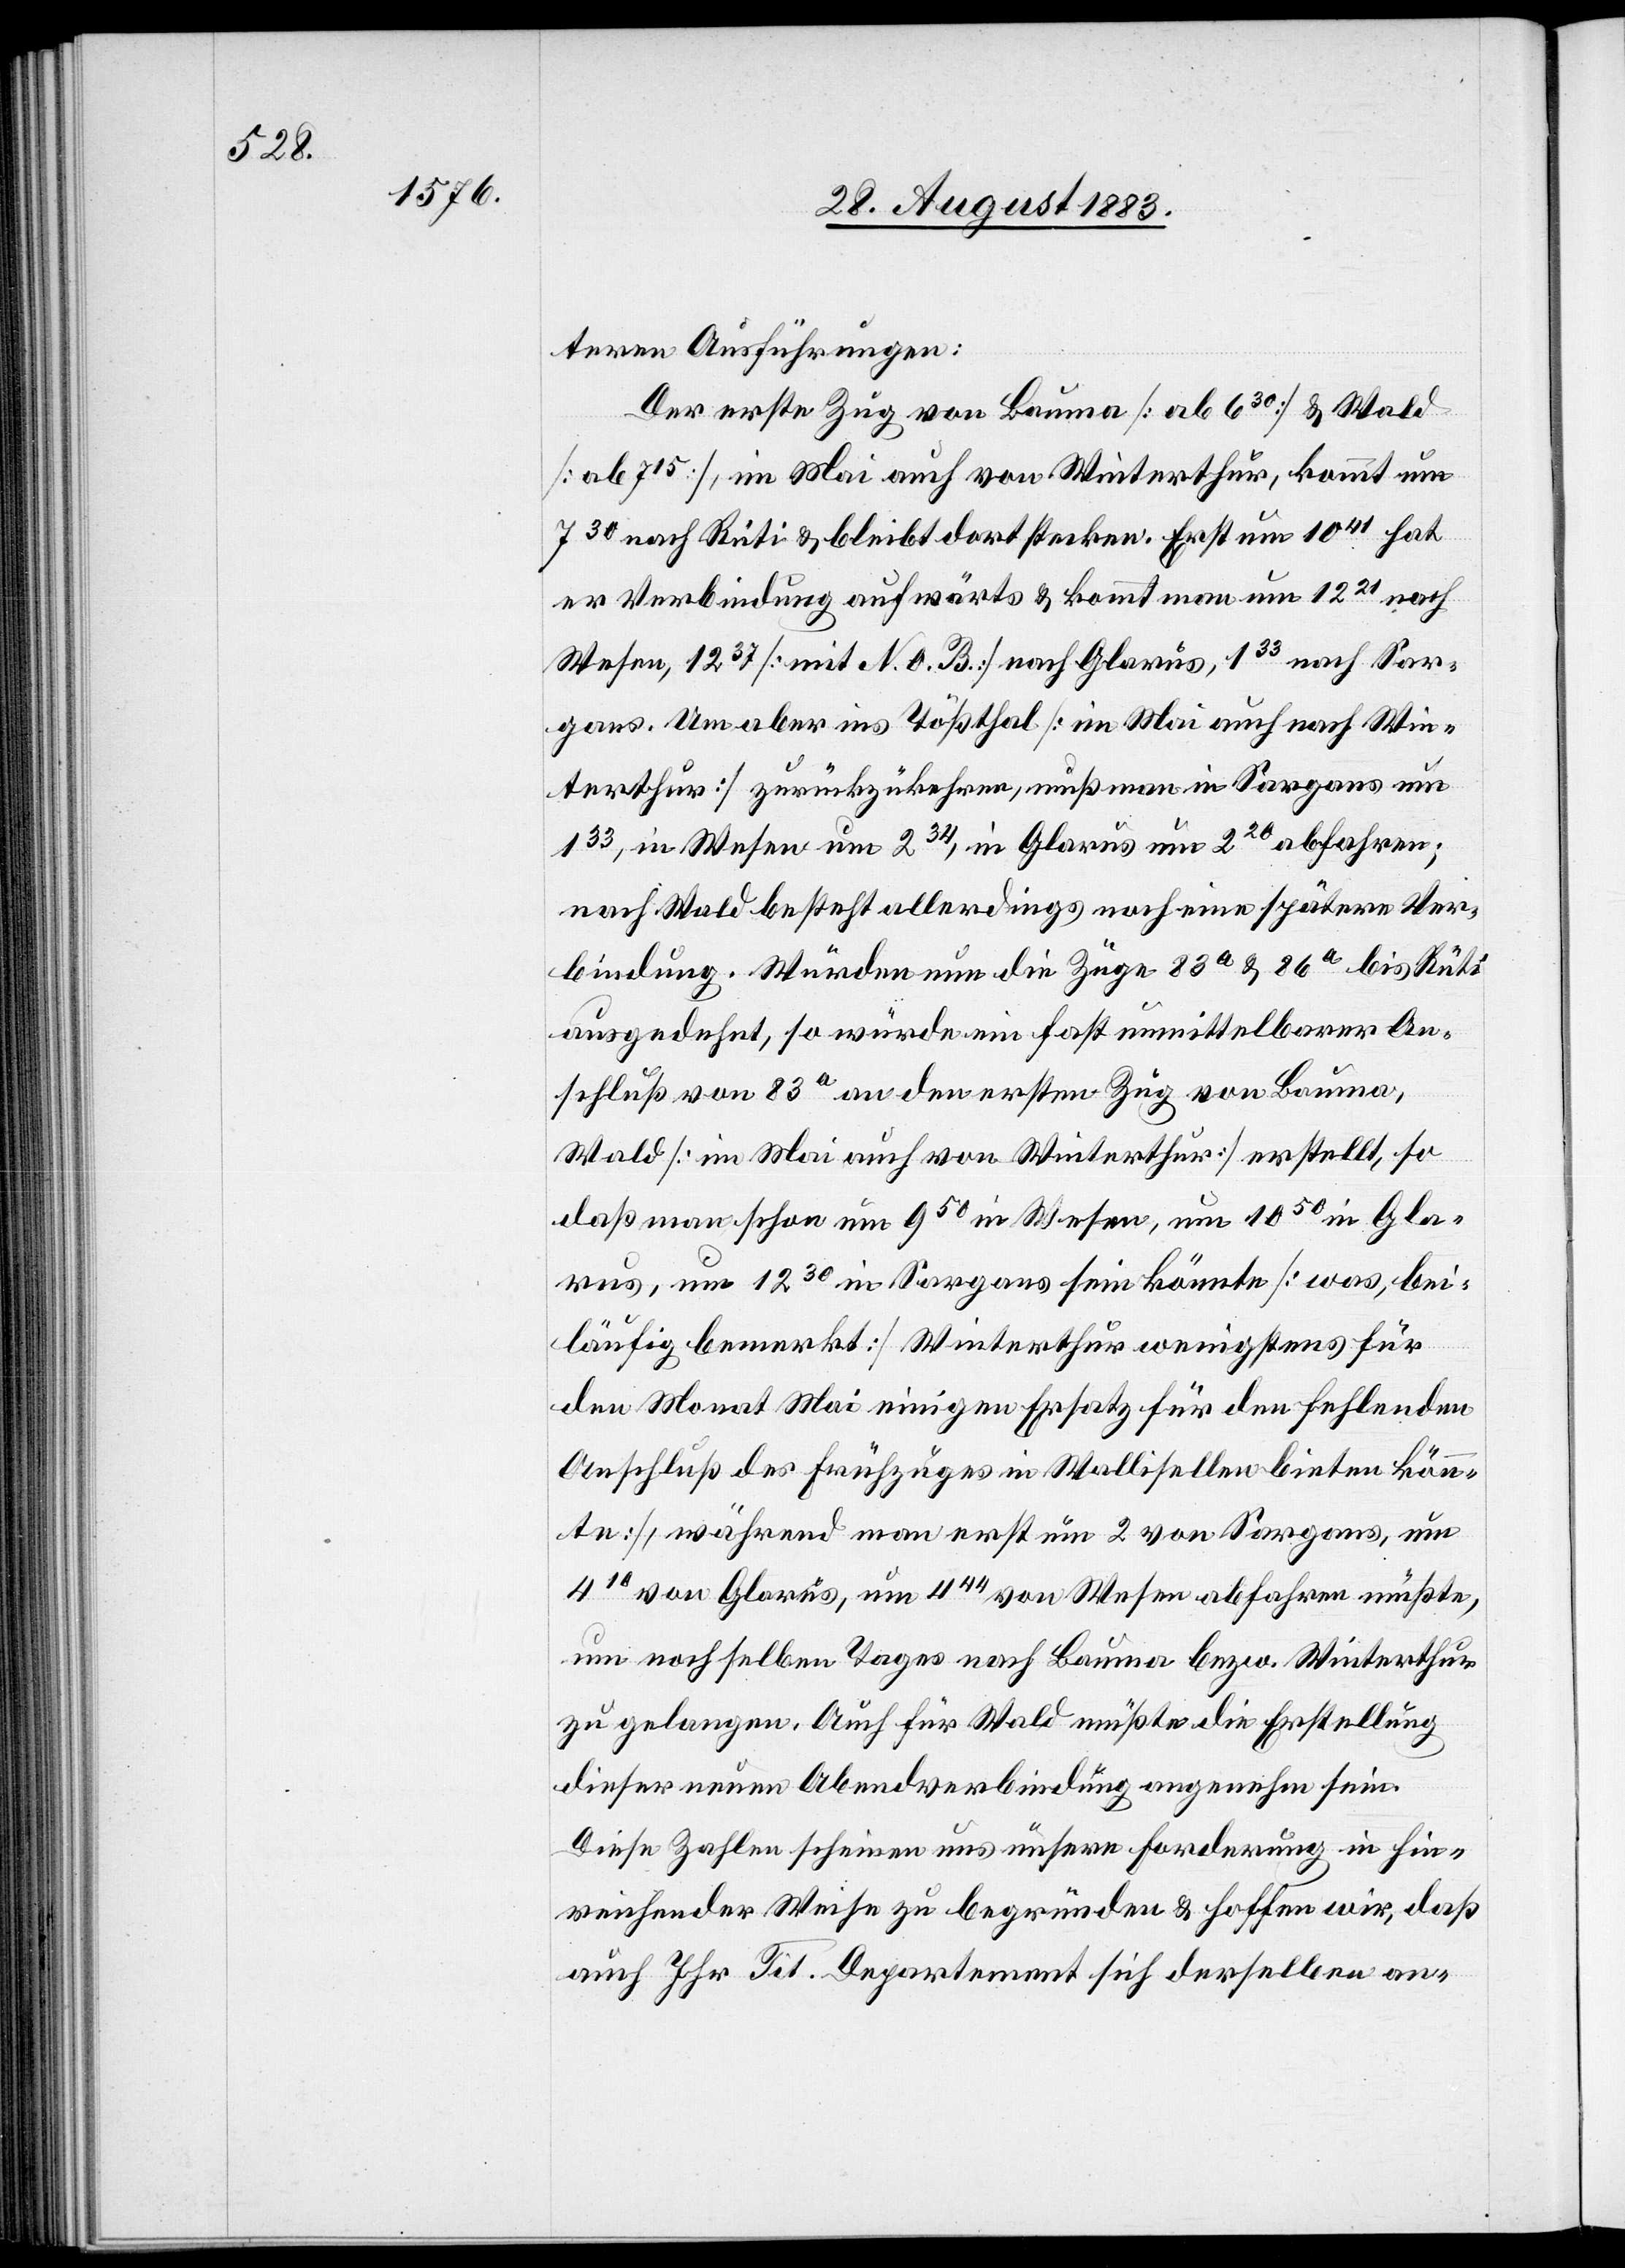
teren Ausführungen:
Der erste Zug von Bauma [ab 630] & Wald
[ab 715], im Mai auch von Winterthur, kommt um
730 nach Rüti & bleibt dort stecken. Erst um 1041 hat
er Verbindung aufwärts & kommt man um 1221 nach
Wesen, 1237 [mit N. O. B.] nach Glarus, 133 nach Sar¬
gans. Um aber ins Tößthal [im Mai auch nach Win¬
terthur] zurückzukehren, muß man in Sargans um
133, in Wesen um 234, in Glarus um 220 abfahren;
nach Wald besteht allerdings noch eine spätere Ver¬
bindung. Würden nun die Züge 83a & 86a bis Rüti
ausgedehnt, so würde ein fast unmittelbarer An¬
schluß von 83a an den ersten Zug von Bauma,
Wald [im Mai auch von Winterthur] erstellt, so
daß man schon um 950 in Wesen, um 1050 in Gla¬
rus, um 1230 in Sargans sein könnte [was, bei¬
läufig bemerkt Winterthur wenigstens für
den Monat Mai einigen Ersatz für den fehlenden
Anschluß des Frühzuges in Wallisellen bieten könn¬
te], während man erst um 2 von Sargans, um
410 von Glarus, um 444 von Wesen abfahren müßte,
um noch selben Tages nach Bauma bezw. Winterthur
zu gelangen. Auch für Wald müßte die Erstellung
dieser neuen Abendverbindung angenehm sein.
Diese Zahlen scheinen uns unsere Forderung in hin¬
reichender Weise zu begründen & hoffen wir, daß
auch Ihr Tit. Departement sich derselben an-